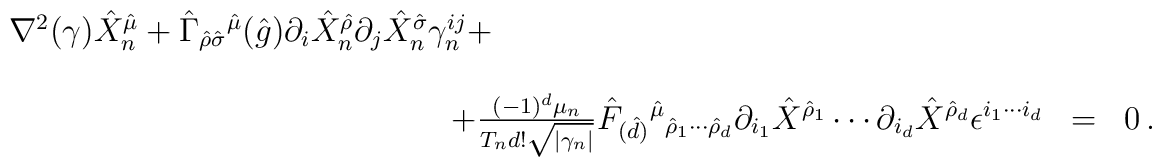
\begin{array}{rcl}\nabla^{2}(\gamma)\hat{X}_{n}^{\hat{\mu}} +\hat{\Gamma}_{\hat{\rho}\hat{\sigma}}{}^{\hat{\mu}}(\hat{g})\partial_{i}\hat{X}_{n}^{\hat{\rho}}\partial_{j}\hat{X}_{n}^{\hat{\sigma}}\gamma_{n}^{ij} +\hspace{7cm}& & \\& & \\+\frac{(-1)^{d} \mu_{n}}{T_{n}d!\sqrt{|\gamma_{n}|}}\hat{F}_{(\hat{d})}{}^{\hat{\mu}}{}_{\hat{\rho}_{1}\cdots\hat{\rho}_{d}}\partial_{i_{1}}\hat{X}^{\hat{\rho}_{1}} \cdots \partial_{i_{d}}\hat{X}^{\hat{\rho}_{d}}\epsilon^{i_{1}\cdots i_{d}} & = & 0\, .\\\end{array}